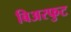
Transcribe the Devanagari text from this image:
बिअरफुट